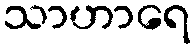
သာဟာရေ